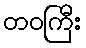
တဝကြီး